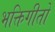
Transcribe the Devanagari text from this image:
भक्तिगीतों